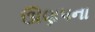
ઊણપના